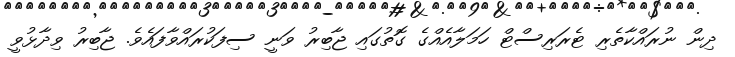
ދިން ނުރައްކާތެރި ޓެރަރިސްޓް ހަމަލާއެއްގެ ގޮތުގައިި ޖާބިރު ވަނީ ސިފަކުރައްވާފައެވެ. ޖާބިރު ވިދާޅުވީ